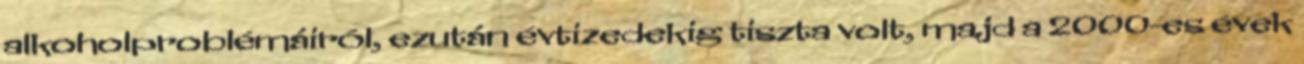
alkoholproblémáiról, ezután évtizedekig tiszta volt, majd a 2000-es évek